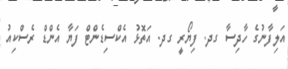
އަލިފާނުގެ ހާދިސާ ގދ. ފިޔޯރީ ގދ. އަތޮޅު އެކްސިޑެންޓް ފަޔާ އެންޑް ރެސްކިއު